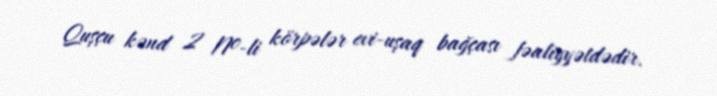
Quşçu kənd 2 №-li körpələr evi-uşaq bağçası fəaliyyətdədir.